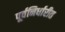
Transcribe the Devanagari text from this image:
पूर्वनिर्धारीत